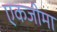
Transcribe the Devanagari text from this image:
एकजीमा